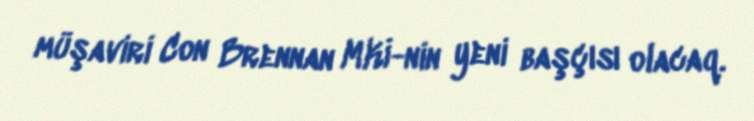
müşaviri Con Brennan MKİ-nin yeni başçısı olacaq.